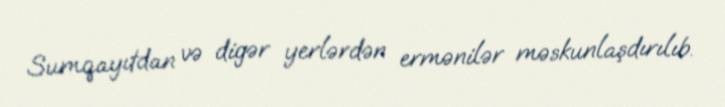
Sumqayıtdan və digər yerlərdən ermənilər məskunlaşdırılıb.